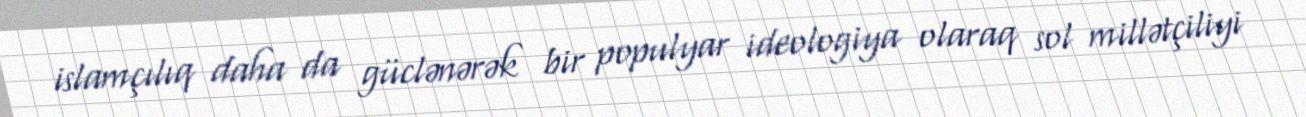
islamçılıq daha da güclənərək bir populyar ideologiya olaraq sol millətçiliyi